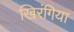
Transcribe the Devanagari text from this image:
खिरंगिया